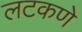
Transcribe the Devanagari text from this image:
लटकणे